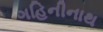
ગહિનીનાથ